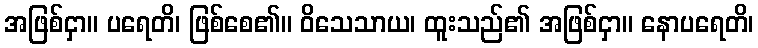
အဖြစ်ငှာ။ ပရေတိ၊ ဖြစ်စေ၏။ ဝိသေသာယ၊ ထူးသည်၏ အဖြစ်ငှာ။ နောပရေတိ၊